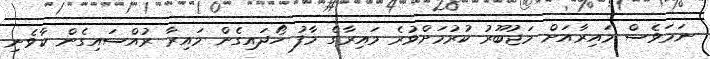
ނަމަވެސް މައިރާއަށް މަޖުބޫރު ކުރުމަށްވުރެ މައިރާގެ މާފު ހޯދައިގެން މައިރާ ރުއްސައިގެން ކާވެނި